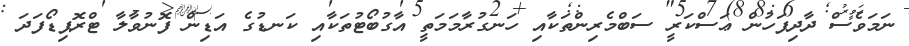
ނަމަވެސް ދާދިފަހުން ޢަސްކަރީ ސަބްމެރިންތަކާއި ހަނގުރާމަމަތީ އާގުބޯޓުތަކާއި ކަނޑުގެ އަޑިން ފޮނުވާލާ ޓްރޮޕިޑޯފަދަ